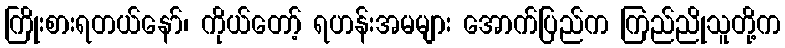
ကြိုးစားရတယ်နော်၊ ကိုယ်တော့် ရဟန်းအမများ အောက်ပြည်က ကြည်ညိုသူတို့က